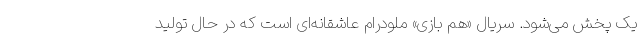
یک پخش می‌شود. سریال «هم بازی» ملودرام عاشقانه‌ای است که در حال تولید